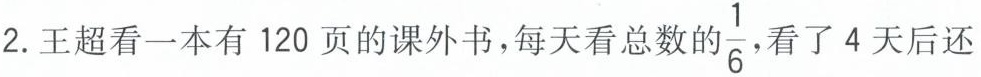
2.王超看一本有120页的课外书，每天看总数\frac{1}{6}, 看了4天后还